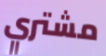
مشتري